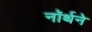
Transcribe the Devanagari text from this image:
नॉर्थने